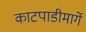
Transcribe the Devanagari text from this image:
काटपाडीमार्गे